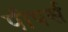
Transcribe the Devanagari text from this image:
पीपर्स